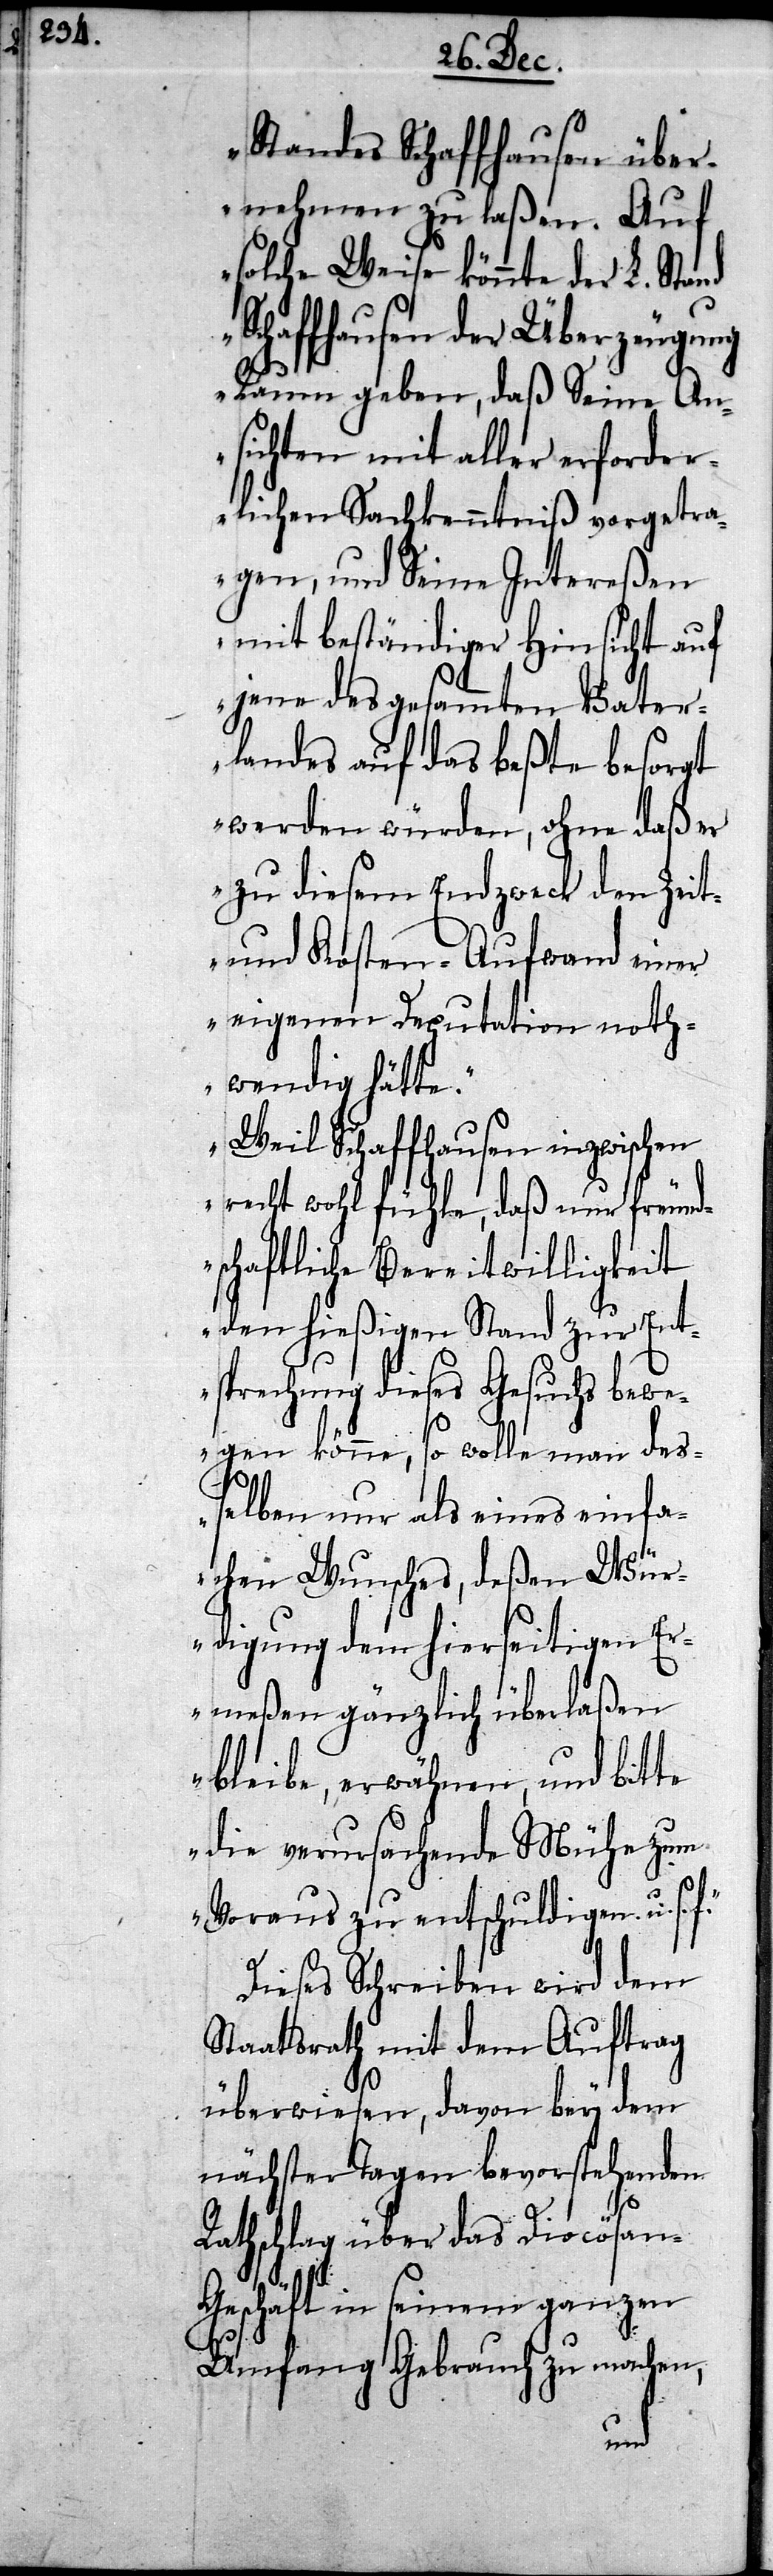
Standes Schaffhausen über¬
nehmen zu laßen. Auf
solche Weise könnte der L. Stand
Schaffhausen der Überzeugung
Raum geben, daß seine An¬
sichten mit aller erforder¬
lichen Sachkenntniß vorgetra¬
gen, und Seine Intereßen
mit beständiger Hinsicht auf
jene des gesammten Vater¬
landes auf das beßte besorgt
werden würden, ohne daß er
zu diesem Endzweck den Zeit-
und Kosten-Aufwand einer
eigenen Deputation noth¬
wendig hätte.
Weil Schaffhausen inzwischen
recht wohl fühle, daß nur freund¬
schaftliche Bereitwilligkeit
den hießigen Stand zur Ent¬
sprechung dieses Gesuchs bewe¬
gen könne, so wolle man deß¬
elben nur als eines einfa¬
chen Wunsches, deßen Wü¬
rdigung dem hierseitigen Er¬
meßen gänzlich überlaßen
bleibe, erwähnen, und bitte
die verursachende Mühe zum
Voraus zu entschuldigen u. s.
Dieses Schreiben wird dem
Staatsrath mit dem Auftrag
überwiesen, davon bey dem
nächster Tagen bevorstehenden
Rathschlag über das Diocösa¬
n-Geschäft in seinem ganzen
Umfang Gebrauch zu machen,